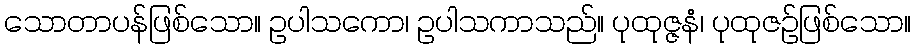
သောတာပန်ဖြစ်သော။ ဥပါသကော၊ ဥပါသကာသည်။ ပုထုဇ္ဇနံ၊ ပုထုဇဉ်ဖြစ်သော။